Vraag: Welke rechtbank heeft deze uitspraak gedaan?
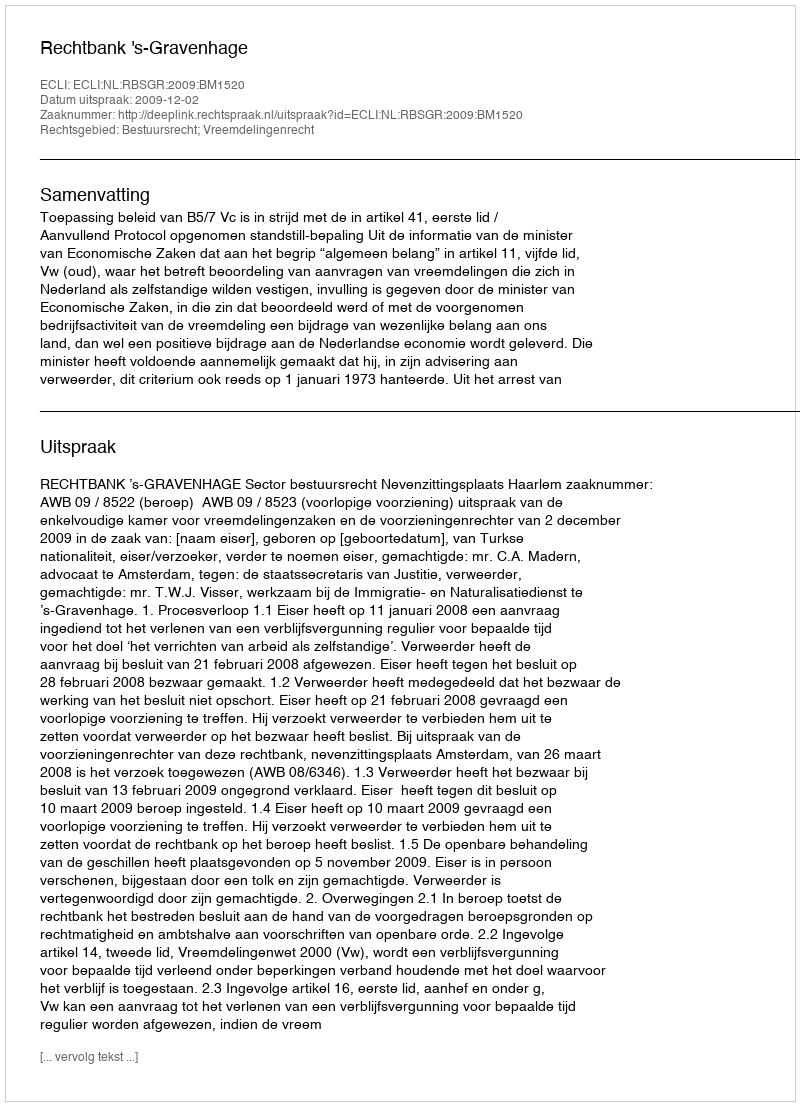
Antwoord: Rechtbank 's-Gravenhage